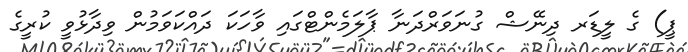
ޕީ) ގެ ލީޑަރ ދިނޭޝް ގުނަވަރްދަނާ ޕާލަމެންޓްގައި ވާހަކަ ދައްކަވަމުން ވިދާޅުވީ ކުރީގެ